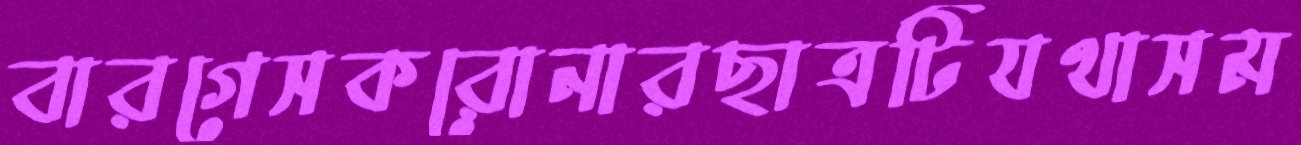
বারগেসকরোনারছাত্রটিযথাসম